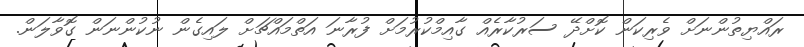
ރައްޔިތުންނަށް ވެރިކަން ކޮށްދޭ ސަރުކާރެއް ގާއިމްކުރުމަށް ފުރާނަ އަތްމައްޗަށް ލައިގެން ނުކުންނަން ގޮވާލަން.